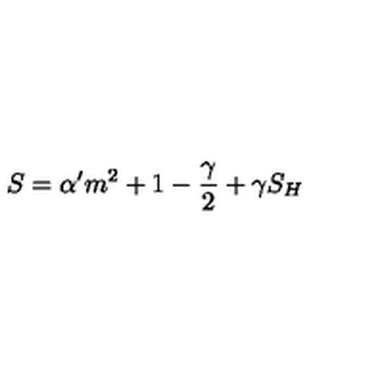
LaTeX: S = \alpha ^ { \prime } { \sl m } ^ { 2 } + 1 - \frac \gamma 2 + \gamma S _ { H }